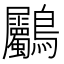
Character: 𪈺